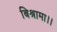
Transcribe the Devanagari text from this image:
बिश्रामा।।